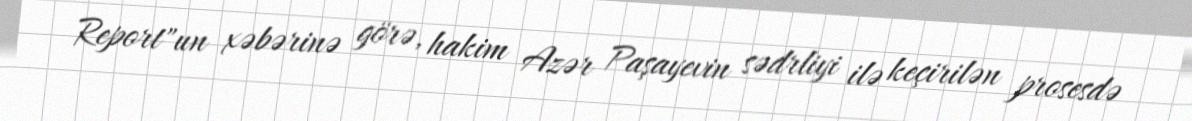
Report"un xəbərinə görə, hakim Azər Paşayevin sədrliyi ilə keçirilən prosesdə